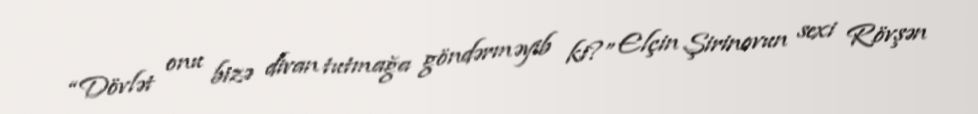
“Dövlət onu bizə divan tutmağa göndərməyib ki?” Elçin Şirinovun sexi Rövşən